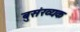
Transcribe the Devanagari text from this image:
बुसंख्यक